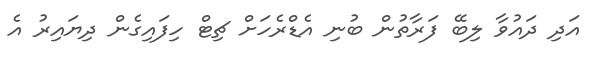
އަދި ދައުވާ ލިބޭ ފަރާތުން ބުނި އެޑްރެހަށް ޗިޓް ހިފައިގެން ދިޔައިރު އެ